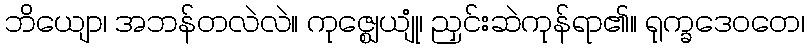
ဘိယျော၊ အဘန်တလဲလဲ။ ကုဇ္ဈေယျုံ၊ ညှင်းဆဲကုန်ရာ၏။ ရုက္ခဒေဝတေ၊